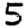
Digit: 5